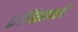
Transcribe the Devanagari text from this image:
प्रतिष्ठााही